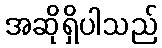
အဆိုရှိပါသည်